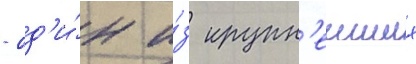
- од'и́н и́з крупн'еиших